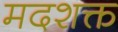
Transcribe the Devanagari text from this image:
मदशक्त